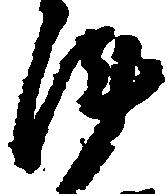
陣